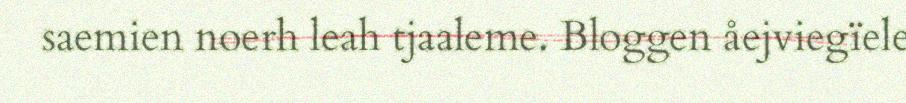
saemien noerh leah tjaaleme. Bloggen åejviegïele